Lunatic asylums Madras 1892-1911 - 1892-1911
Year: 1892
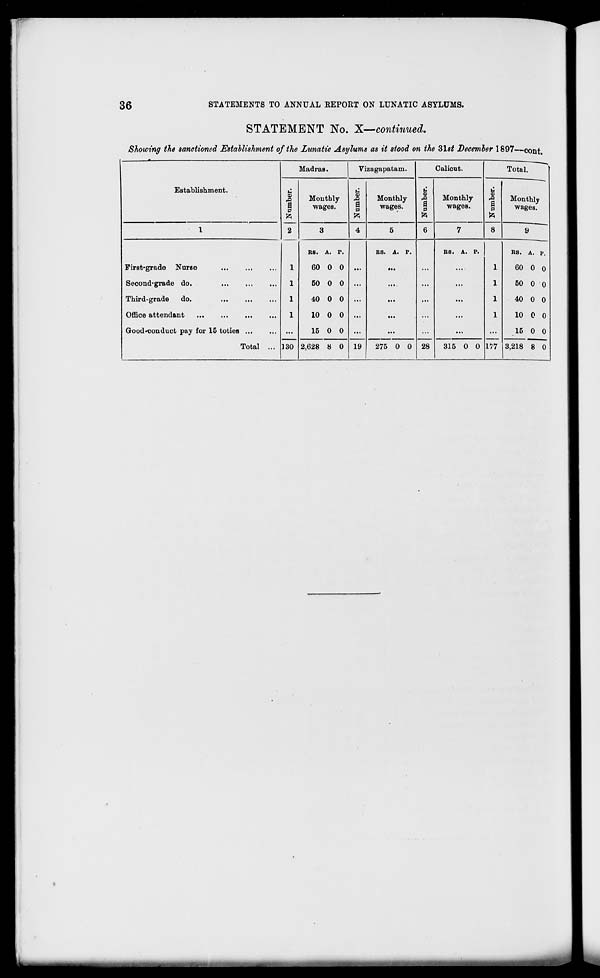
36
STATEMENTS TO ANNUAL REPORT ON LUNATIC ASYLUMS.
STATEMENT No. X—continued.
Showing the sanctioned Establishment of the Lunatic Asylums as it stood on the Z\st December 1897—cont.
Establishment.
Madras.
Vizagapatam.
Calicut.
Total.
i
1
&
2
1
1
1
1
130
Monthly
wages.
u 3
a
D
ft
Monthly
wages.
CD
§
p
Monthly
wages.
u
CD
s P
Monthly
wages.
1
3
4
5
6
7
8
9
First-grade Nurse
Seoond-grade do.
...
Third-grade
do.
Office attendant
Good-conduct pay for 15 toties ...
Total ...
KS. A. P.
60 0 0
50 0 0
40 0 0
10 0 0
15 0 0
19
KS. A. P.
28
RS. A. P.
1
1
1
1
177
RS. A. P.
60 0 0
50 0 0
40 0 0
10 0 0
15 0 0
2,628 8 0
275 0 0
315 0 0
3,218 8 0